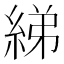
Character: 綈